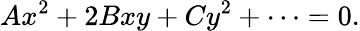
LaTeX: Ax^{2}+2Bxy+Cy^{2}+\cdots=0.